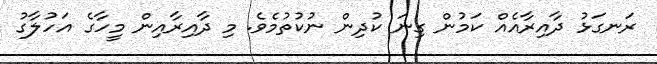
ރަނގަޅު ދާއިރާއެއް ކަމުން ގިނަ ކުދިން ނުކުތުމެވެ. މި ދާއިރާއިން މީހާގެ އަހުލާގު